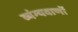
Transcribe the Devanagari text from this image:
व्यंग्यवाणों